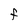
Character: F